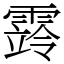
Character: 䨧